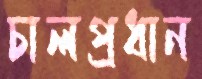
চালপ্রধান